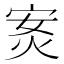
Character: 𭴣